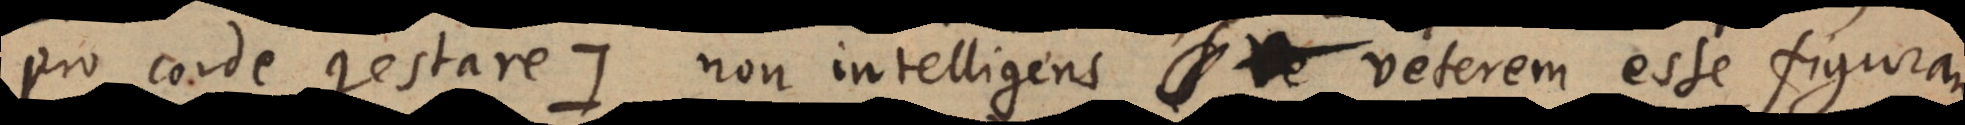
pro corde gestare:) non intelligens veterem esse figuram